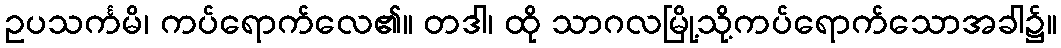
ဥပသင်္ကမိ၊ ကပ်ရောက်လေ၏။ တဒါ၊ ထို သာဂလမြို့သို့ကပ်ရောက်သောအခါ၌။